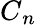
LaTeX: C{_n}